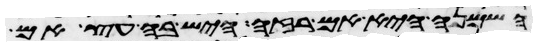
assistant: השמנה היא אם רזה היש בה עץ אם